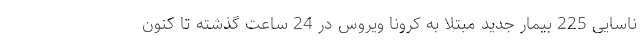
ناسایی 225 بیمار جدید مبتلا به کرونا ویروس در 24 ساعت گذشته تا کنون